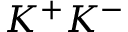
K ^ { + } K ^ { - }